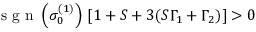
\textrm { s g n } \left( \sigma _ { 0 } ^ { ( 1 ) } \right) \, [ 1 + S + 3 ( S \Gamma _ { 1 } + \Gamma _ { 2 } ) ] > 0